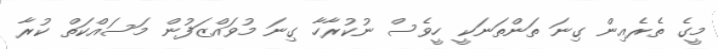
މީގެ ތެރެއިން ގިނަ ތަންތަނަކީ ހީވެސް ނުކުރާހާ ގިނަ މުވައްޒަފުން މަސައްކަތް ކުރާ